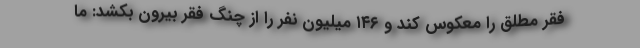
فقر مطلق را معکوس کند و ۱۴۶ میلیون نفر را از چنگ فقر بیرون بکشد: ما